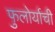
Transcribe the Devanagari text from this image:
फुलोर्याची